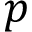
p